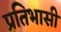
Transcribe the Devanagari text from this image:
प्रतिभासी